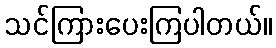
သင်ကြားပေးကြပါတယ်။